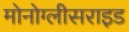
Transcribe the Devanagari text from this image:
मोनोग्लीसराइड